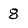
Character: 8